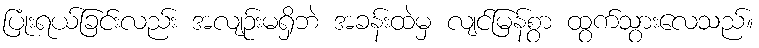
ပြုံးရယ်ခြင်းလည်း အလျဉ်းမရှိဘဲ အခန်းထဲမှ လျင်မြန်စွာ ထွက်သွားလေသည်။